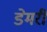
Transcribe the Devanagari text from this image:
डेमरी